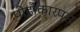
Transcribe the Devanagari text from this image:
पोडौकारपस